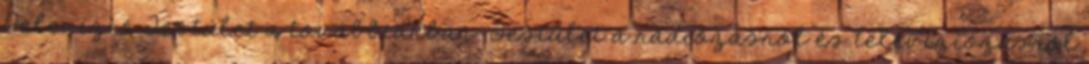
Televízió Testület a továbbiakban: Testület a rádiózásról és televíziózásról